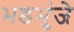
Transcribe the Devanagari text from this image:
भडभुंजे